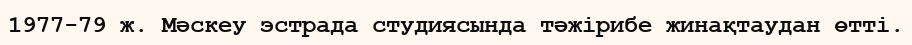
1977-79 ж. Мәскеу эстрада студиясында тәжірибе жинақтаудан өтті.